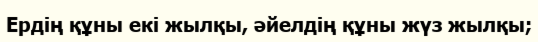
Ердің құны екі жылқы, әйелдің құны жүз жылқы;